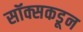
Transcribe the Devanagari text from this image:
सॉक्सकडून